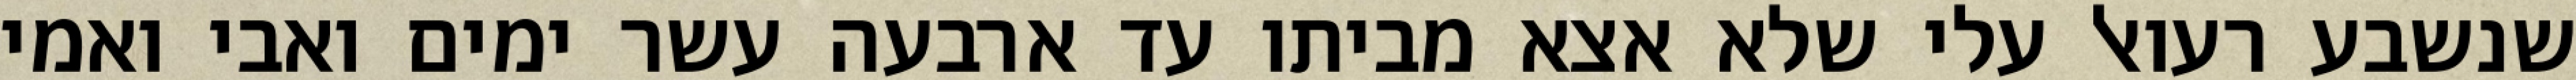
שנשבע רעואל עלי שלא אצא מביתו עד ארבעה עשר ימים ואבי ואמי